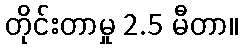
တိုင်းတာမှု 2.5 မီတာ။